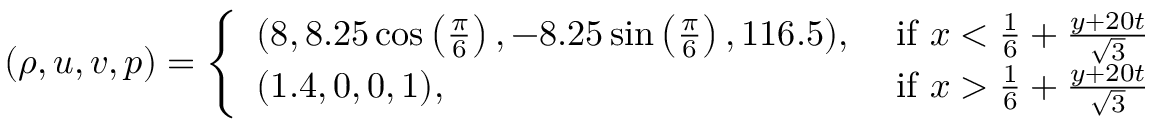
( \rho , u , v , p ) = \left\{ \begin{array} { l l } { ( 8 , 8 . 2 5 \cos \left( \frac { \pi } { 6 } \right) , - 8 . 2 5 \sin \left( \frac { \pi } { 6 } \right) , 1 1 6 . 5 ) , } & { \mathrm { ~ i f ~ } x < \frac { 1 } { 6 } + \frac { y + 2 0 t } { \sqrt { 3 } } } \\ { ( 1 . 4 , 0 , 0 , 1 ) , } & { \mathrm { ~ i f ~ } x > \frac { 1 } { 6 } + \frac { y + 2 0 t } { \sqrt { 3 } } } \end{array} \right.